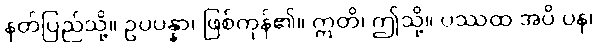
နတ်ပြည်သို့။ ဥပပန္နာ၊ ဖြစ်ကုန်၏။ ဣတိ၊ ဤသို့။ ပဿထ အပိ ပန၊